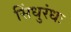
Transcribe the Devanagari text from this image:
सिंधुरंधः